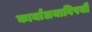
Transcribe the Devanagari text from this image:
कार्यालयाविषयी